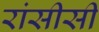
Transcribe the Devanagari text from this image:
रांसीसी